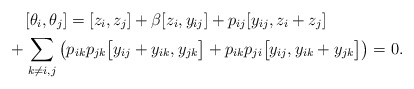
\begin{gather*}[\theta_i,\theta_j] = [z_i,z_j] + \beta [z_i, y_{ij}] + p_{ij} [y_{ij},z_i+z_j]\\ \hphantom{[\theta_i,\theta_j] = }{} + \sum_{k \not= i,j} \big(p_{ik} p_{jk} \big[y_{ij}+y_{ik}, y_{jk} \big]+p_{ik} p_{ji} \big[ y_{ij},y_{ik}+y_{jk} \big] \big) =0.\end{gather*}